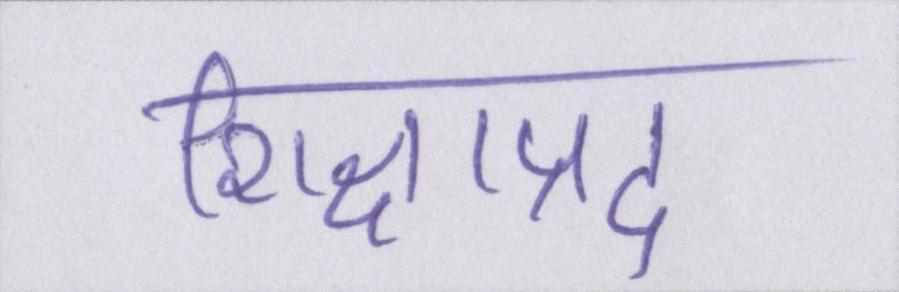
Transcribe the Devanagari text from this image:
शिक्षाप्रद